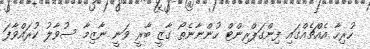
ހުރިހާ އެއްޗެއްގައި ފިންގަޕްރިންޓް ހުންނާނެތޯ ގާޒީ ބާރީ ވަނީ ނާޒިމާ ސުވާލު ކުރައްވާފަ